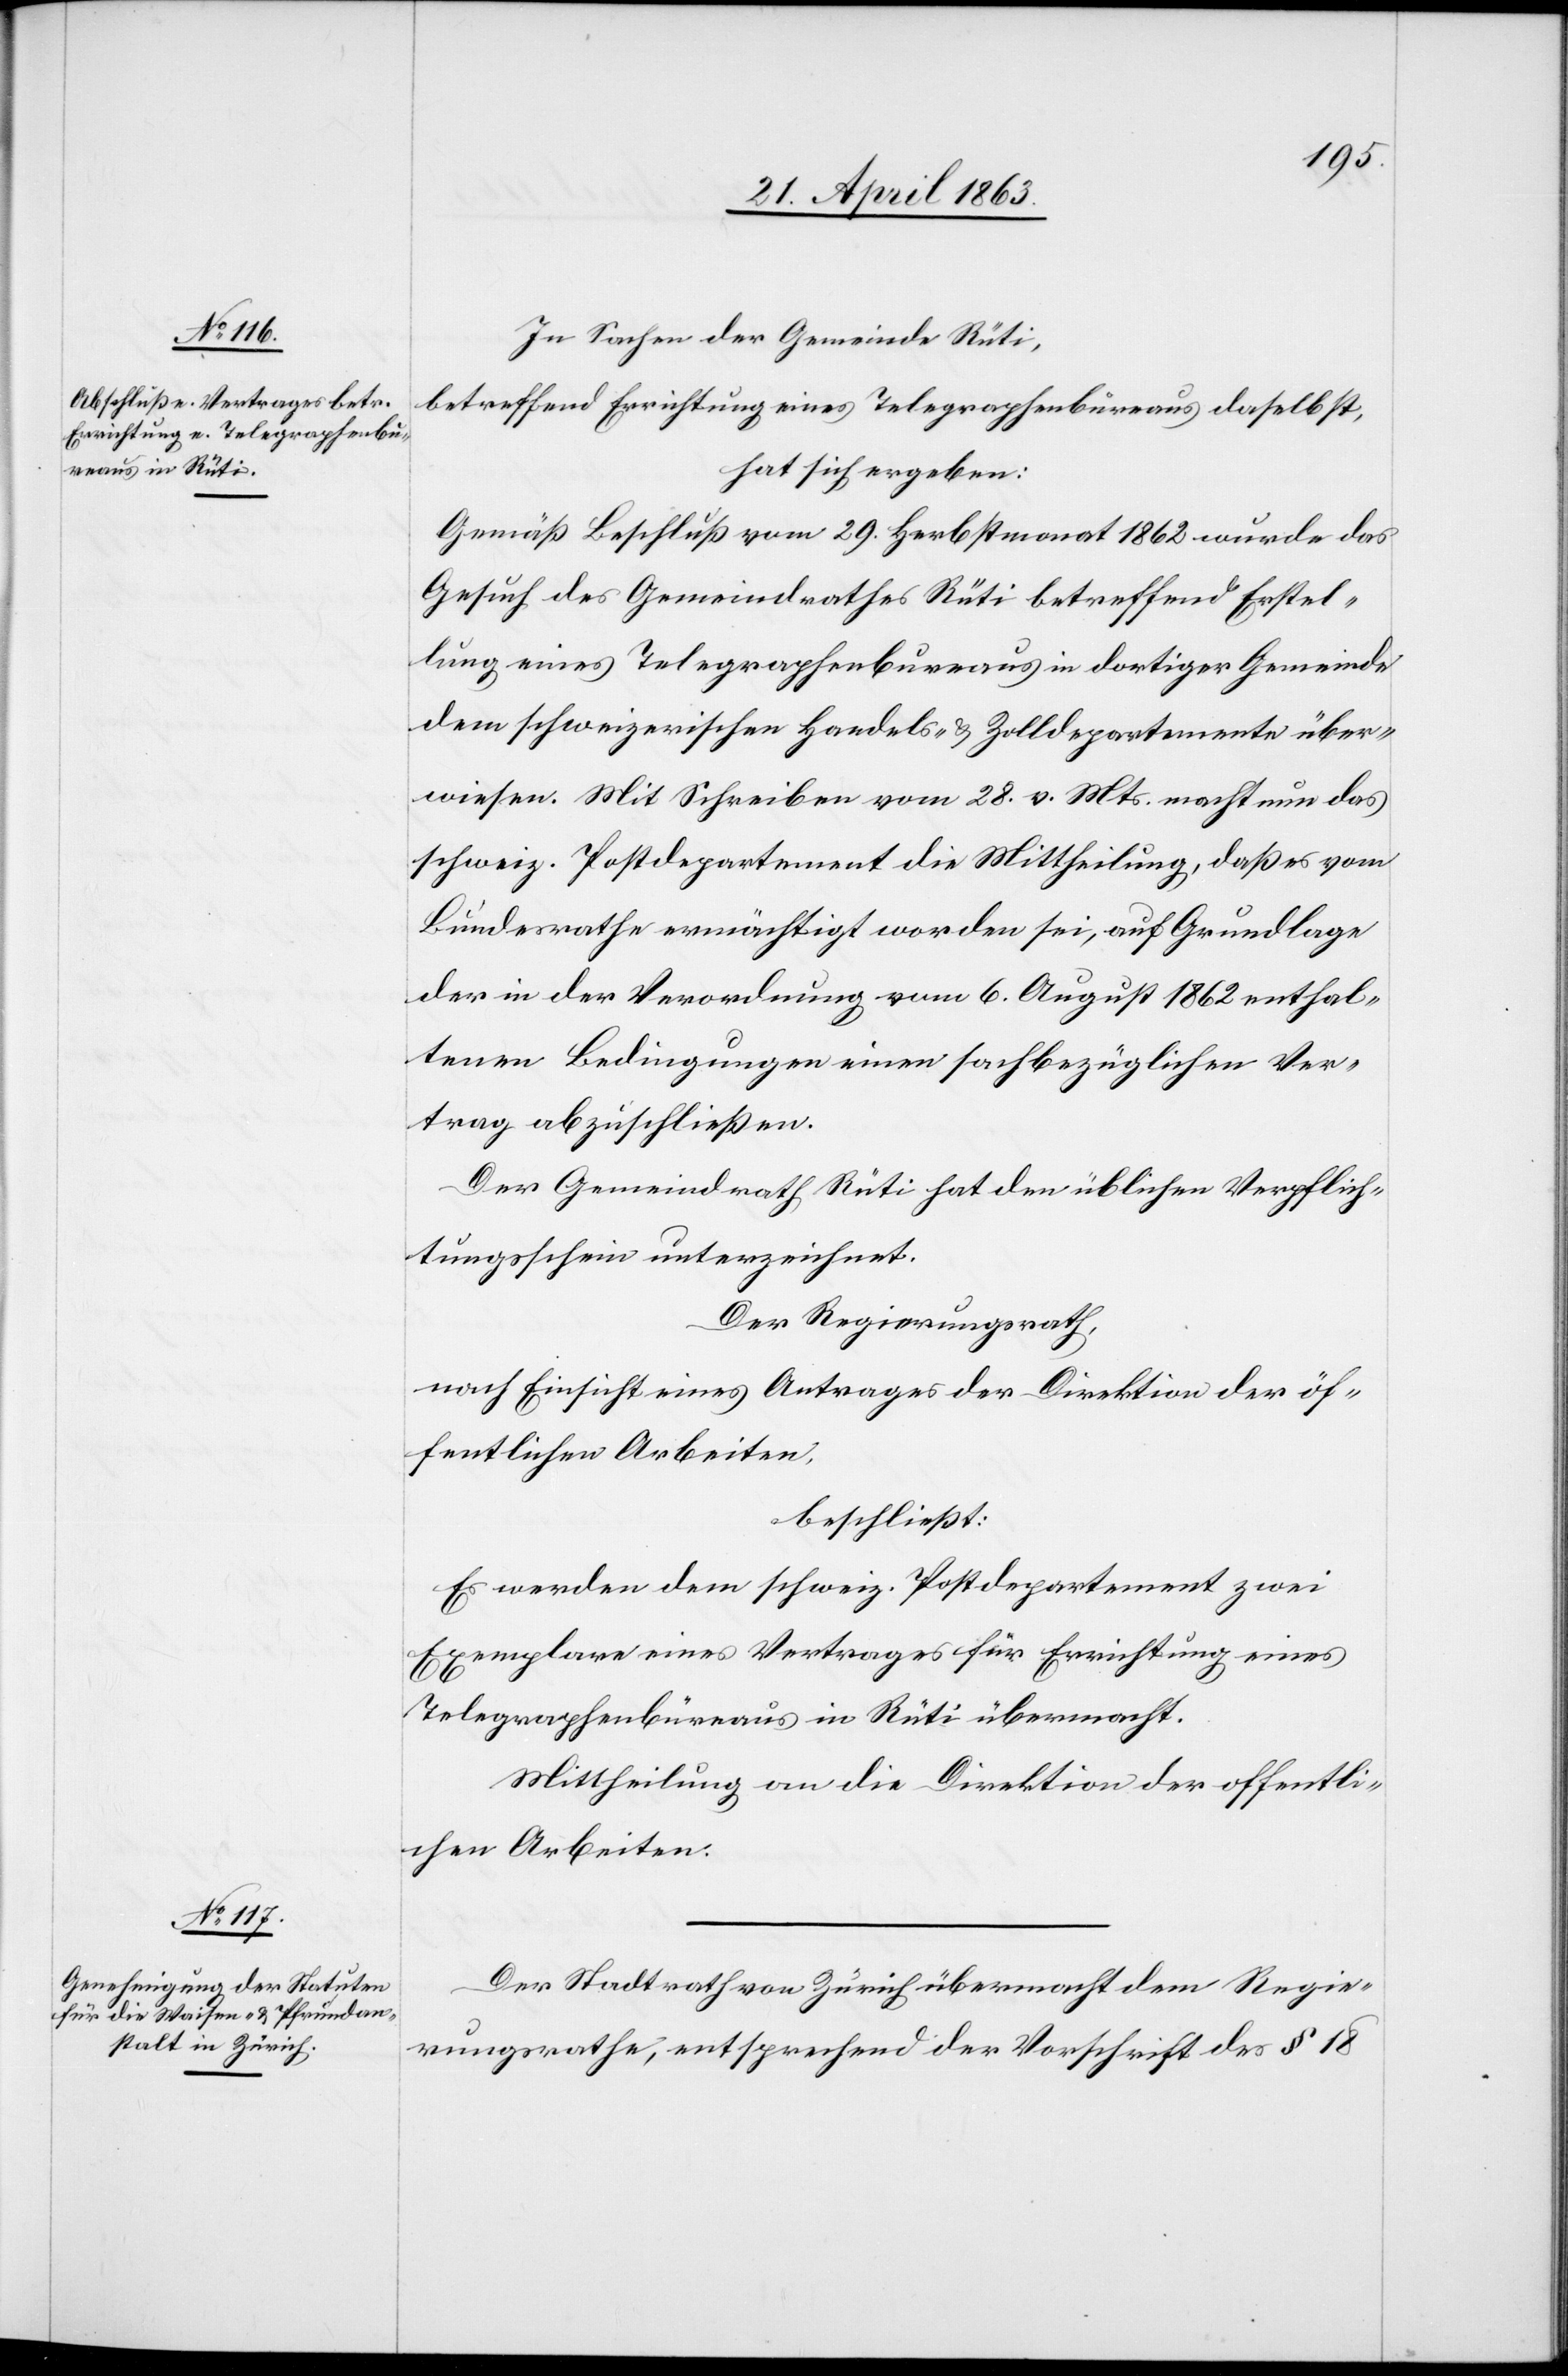
In Sachen der Gemeinde Rüti,
betreffend Errichtung eines Telegraphenbureaus daselbst,
hat sich ergeben:
Gemäß Beschluß vom 29. Herbstmonat 1862 wurde das
Gesuch des Gemeindrathes Rüti betreffend Erstel¬
lung eines Telegraphenbureaus in dortiger Gemeinde
dem schweizerischen Handels- & Zolldepartemente über¬
wiesen. Mit Schreiben vom 28. v. Mts. macht nun das
schweiz. Postdepartement die Mittheilung, daß es vom
Bundesrathe ermächtigt worden sei, auf Grundlage
der in der Verordnung vom 6. August 1862 enthal¬
tenen Bedingungen einen sachbezüglichen Ver¬
trag abzuschließen.
Der Gemeindrath Rüti hat den üblichen Verpflich¬
tungsschein unterzeichnet.
Der Regierungsrath,
nach Einsicht eines Antrages der Direktion der öf¬
fentlichen Arbeiten,
beschließt:
Es werden dem schweiz. Postdepartement zwei
Exemplare eines Vertrages für Errichtung eines
Telegraphenbüreaus in Rüti übermacht.
Mittheilung an die Direktion der öffentli¬
chen Arbeiten.
Der Stadtrath von Zürich übermacht dem Regie¬
rungsrathe, entsprechend der Vorschrift des § 18